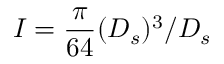
I = \frac { \pi } { 6 4 } ( D _ { s } ) ^ { 3 } / D _ { s }